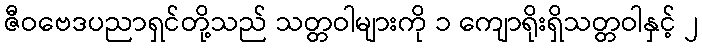
ဇီဝဗေဒပညာရှင်တို့သည် သတ္တဝါများကို ၁ ကျောရိုးရှိသတ္တဝါနှင့် ၂